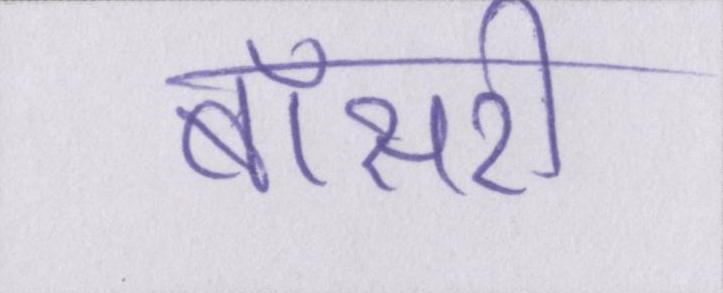
बॉसरी